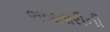
ભબતારીની